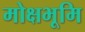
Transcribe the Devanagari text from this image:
मोक्षभूमि